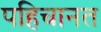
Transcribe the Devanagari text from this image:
पहिचानत